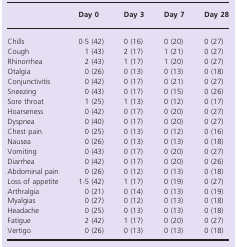
<table><thead><tr><td></td><td><b>Day 0</b></td><td><b>Day 3</b></td><td><b>Day 7</b></td><td><b>Day 28</b></td></tr></thead><tbody><tr><td>Chills</td><td>0·5 (42)</td><td>0 (16)</td><td>0 (20)</td><td>0 (27)</td></tr><tr><td>Cough</td><td>1 (43)</td><td>2 (17)</td><td>1 (21)</td><td>0 (27)</td></tr><tr><td>Rhinorrhea</td><td>2 (43)</td><td>1 (17)</td><td>1 (20)</td><td>0 (27)</td></tr><tr><td>Otalgia</td><td>0 (26)</td><td>0 (13)</td><td>0 (13)</td><td>0 (18)</td></tr><tr><td>Conjunctivitis</td><td>0 (42)</td><td>0 (17)</td><td>0 (21)</td><td>0 (27)</td></tr><tr><td>Sneezing</td><td>0 (43)</td><td>0 (17)</td><td>0 (15)</td><td>0 (26)</td></tr><tr><td>Sore throat</td><td>1 (25)</td><td>1 (13)</td><td>0 (12)</td><td>0 (17)</td></tr><tr><td>Hoarseness</td><td>0 (42)</td><td>0 (17)</td><td>0 (20)</td><td>0 (27)</td></tr><tr><td>Dyspnea</td><td>0 (40)</td><td>0 (17)</td><td>0 (20)</td><td>0 (27)</td></tr><tr><td>Chest pain</td><td>0 (25)</td><td>0 (13)</td><td>0 (12)</td><td>0 (16)</td></tr><tr><td>Nausea</td><td>0 (26)</td><td>0 (13)</td><td>0 (13)</td><td>0 (18)</td></tr><tr><td>Vomiting</td><td>0 (43)</td><td>0 (17)</td><td>0 (20)</td><td>0 (27)</td></tr><tr><td>Diarrhea</td><td>0 (42)</td><td>0 (17)</td><td>0 (20)</td><td>0 (26)</td></tr><tr><td>Abdominal pain</td><td>0 (26)</td><td>0 (12)</td><td>0 (13)</td><td>0 (18)</td></tr><tr><td>Loss of appetite</td><td>1·5 (42)</td><td>1 (17)</td><td>0 (19)</td><td>0 (27)</td></tr><tr><td>Arthralgia</td><td>0 (21)</td><td>0 (14)</td><td>0 (13)</td><td>0 (19)</td></tr><tr><td>Myalgias</td><td>0 (27)</td><td>0 (12)</td><td>0 (13)</td><td>0 (18)</td></tr><tr><td>Headache</td><td>0 (25)</td><td>0 (13)</td><td>0 (13)</td><td>0 (18)</td></tr><tr><td>Fatigue</td><td>2 (42)</td><td>1 (17)</td><td>0 (20)</td><td>0 (27)</td></tr><tr><td>Vertigo</td><td>0 (26)</td><td>0 (13)</td><td>0 (13)</td><td>0 (18)</td></tr></tbody></table>